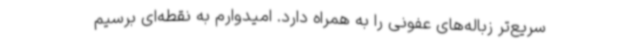
سریع‌تر زباله‌های عفونی را به همراه دارد. امیدوارم به نقطه‌ای برسیم